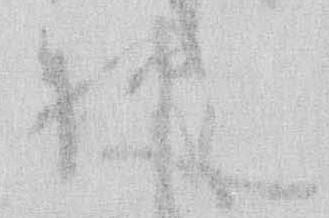
抑